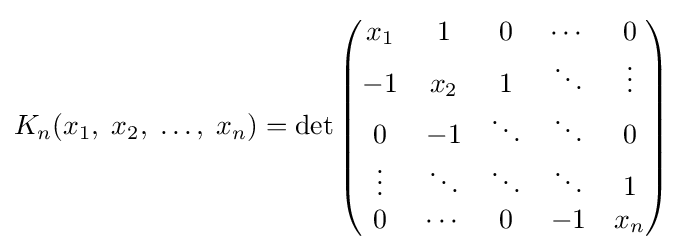
K_{n}(x_{1},\;x_{2},\;\ldots ,\;x_{n})=\det {\begin{pmatrix}x_{1}&1&0&\cdots &0\\-1&x_{2}&1&\ddots &\vdots \\0&-1&\ddots &\ddots &0\\\vdots &\ddots &\ddots &\ddots &1\\0&\cdots &0&-1&x_{n}\end{pmatrix}}